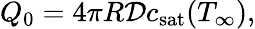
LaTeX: Q_{0}=4\pi R{\cal D}c_{\mathrm{sat}}(T_{\infty}),